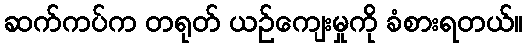
ဆက်ကပ်က တရုတ် ယဉ်ကျေးမှုကို ခံစားရတယ်။